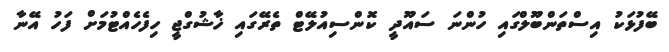
ބޭފުޅަކު އިސްތަންބޫލްގައި ހުންނަ ސައޫދީ ކޮންސިއުލޭޓް ތެރޭގައި ޚާޝުގްޖީ ހިފެހެއްޓުމަށް ފަހު އޭނާ